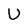
Character: U